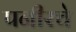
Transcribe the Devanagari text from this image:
पनीरचे